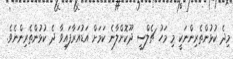
މިދެ ކުޅުންތެރިންނަކީ މި މަހު ޗެލްސީ ދޫކޮށްލާނެ ކަމަށް އަޑުއަރާފައިވާ ދެ ކުޅުންތެރިންނެވެ.